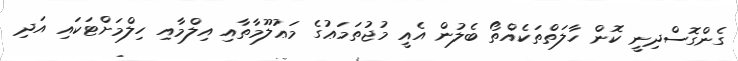
ގެންގޮސްދިނީ ކޮން ހާލަތްތަކެއްތޯ ބެލުން އެއީ މުޖުތަމަޢުގެ މަޢުލޫމާތާއި އިލްމާއި ހިލްމަށްޓަކައި އަދި